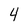
Character: 4